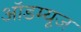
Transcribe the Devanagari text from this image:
ऑडम्यूज